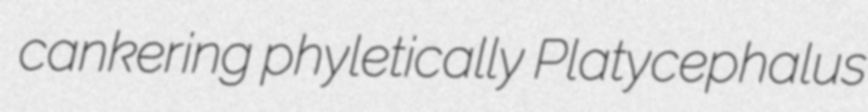
cankering phyletically Platycephalus